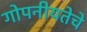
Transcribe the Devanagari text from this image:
गोपनीयतेचे